Annual report of the Civil Veterinary Department, Bengal, for the year 1898-99 - 1898-1899
Year: 1898
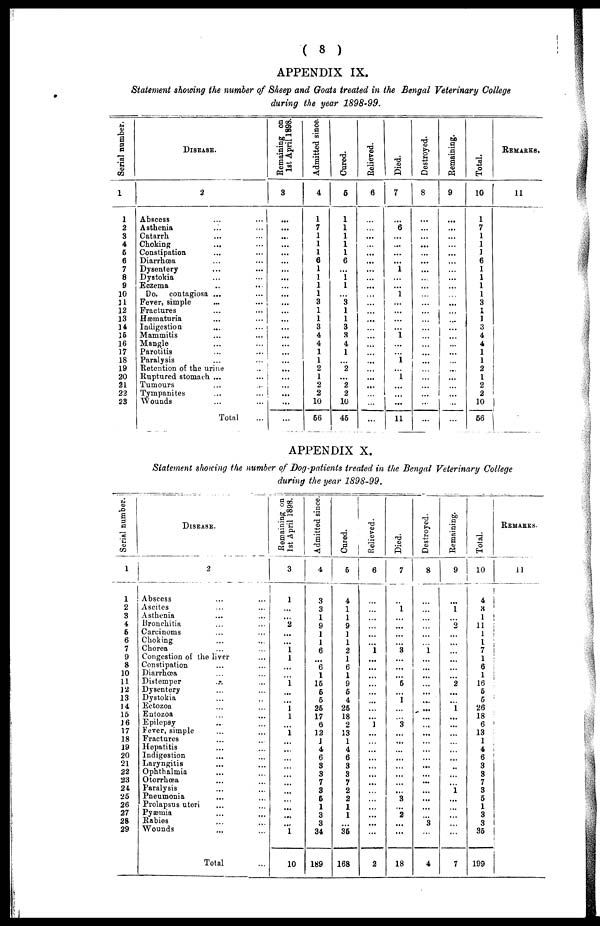
( 8 )
APPENDIX IX.
Statement showing the number of Sheep and Goats treated in the Bengal Veterinary College
during the year 1898-99.
Serial number.
1
1
2
3
4
5
6
7
8
9
10
31
12
13
14
15
16
17
18
19
20
21
22
23
DISEASE.
2
Abscess ... ...
Asthenia ... ...
Catarrh ... ...
Choking ... ...
Constipation ... ...
Diarrhæa ... ...
Dysentery ... ...
Dystokia ... ...
Eczema ... ...
Do.
contagiosa ... ...
Fever, simple ... ...
Fractures ... ...
Hæmaturia ... ...
Indigestion ... ...
Mammitis ... ...
Mangle ... ...
Parotitis ... ...
Paralysis ... ...
Retention of the urine ...
Ruptured stomach ... ...
Tumours ... ...
Tympanites ... ...
Wounds ... ...
Total ...
Remaining on
1st April 1898.
3
...
...
...
...
...
...
...
...
...
...
...
...
...
...
...
...
...
...
...
...
...
...
...
...
Admitted since.
4
1
7
1
1
1
6
1
1
1
1
3
1
1
3
4
4
1
1
2
1
2
2
10
56
Cured.
5
1
1
1
1
1
6
...
1
1
...
3
1
1
3
8
4
1
...
2
...
2
2
10
45
Relieved.
6
...
...
...
...
...
...
...
...
...
...
...
...
...
...
...
...
...
...
...
...
...
...
...
...
Died.
7
...
6
...
...
...
... 1
...
...
1
...
...
...
...
1
...
...
1
...
1
...
...
...
11
Destroyed.
8
...
...
...
...
...
...
...
...
...
...
...
...
...
...
...
...
...
...
...
...
...
...
...
...
Remaining.
9
...
...
...
...
...
...
...
...
...
...
...
...
...
...
...
...
...
...
...
...
...
...
...
...
Total.
10
1
7
1
1
1
6
1
1
1
1
3
1
1
3
4
4
1
1
2
1
2
2
10
66
REMARKS.
11
APPENDIX X.
Statement showing the number of Dog-patients treated in the Bengal Veterinary College
during the year 1898-99.
Serial number.
1
1
2
3
4
6
6
7
9
8
10
11
12
13
14
16
J6
17
18
19
20
21
22
23
21
25
26
27
28
29
DISEASE.
2
Abscess ... ...
Ascites ... ...
Asthenia ... ...
Bronchitia ... ...
Carcinoms ... ...
Choking ... ...
Chorea ... ...
Congestion of the liver ...
Constipation ... ...
Diarrhæa ... ...
Distemper ... ...
Dysentery ... ...
Dystokia ... ...
Eetozoa ... ...
Entozoa ... ...
Epilepsy ... ...
Fever, simple ... ...
Fractures ... ...
Hepatitis ... ...
Indigestion ... ...
Laryngitis ... ...
Ophthalmia ... ...
Otorrhæa ... ...
Paralysis ... ...
Pneumonia ... ...
Prolapsus uteri ... ...
Pyæmia ... ...
Rabies ... ...
Wounds ... ...
Total ...
Remaining on
1st April 1898.
3
1
...
...
2
...
...
1
1
...
...
1
...
...
1 1
...
1
...
...
...
...
...
...
...
...
...
...
...
1
10
Admitted since.
4
3
3
1
9
1
1
6
...
6
1
15
6
6
25
17
6
12
1
4
6
3
3
7
3
6
1
3
3
34
189
Cured.
5
4
1
1
9
1
1
2
1
6
1
9
6
4
25
18
2
13
1
4
6
3
3
7
2
2
1
1
...
36
168
Relieved.
6
...
...
...
...
...
...
1
...
...
...
...
...
...
...
...
1
...
...
...
...
...
...
...
...
...
...
...
...
...
2
Died.
7
...
1
...
...
...
...
3
...
...
...
5
...
1
...
...
3
...
...
...
...
...
...
...
...
3
...
2
...
...
18
Destroyed.
8
...
...
...
...
...
...
1
...
...
...
...
...
...
...
...
... ...
...
...
...
...
...
...
...
...
...
...
3
...
4
Remaining.
9
...
1
...
2
...
...
...
...
...
...
2
...
...
1
...
...
...
...
...
...
...
...
...
1
...
...
...
...
...
7
Total.
10
4
3
1
11
1
1
7
1
6
1
16
5
5
26
18
6
13
1
4
6
3
3
7
3
5
1
3
3
35
199
REMARKS.
11